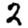
Digit: 2